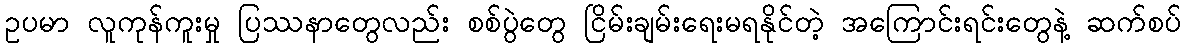
ဥပမာ လူကုန်ကူးမှု ပြဿနာတွေလည်း စစ်ပွဲတွေ ငြိမ်းချမ်းရေးမရနိုင်တဲ့ အကြောင်းရင်းတွေနဲ့ ဆက်စပ်